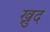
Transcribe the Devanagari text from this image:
ख्रुद